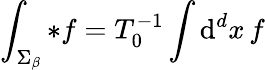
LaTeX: \int_{\Sigma_{\beta}}{*f}=T_{0}^{-1}\int\mathrm{d}^{d}x\, f